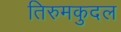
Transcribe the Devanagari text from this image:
तिरुमकुदल